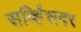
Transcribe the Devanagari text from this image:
सर्व्हिसवर